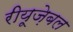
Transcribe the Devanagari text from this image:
रीयूज़ेबल